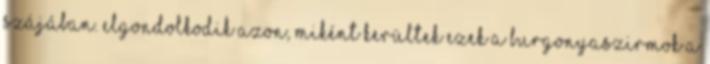
szájában. Elgondolkodik azon, miként kerültek ezek a burgonyaszirmok a